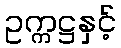
ဥက္ကဋ္ဌနှင့်